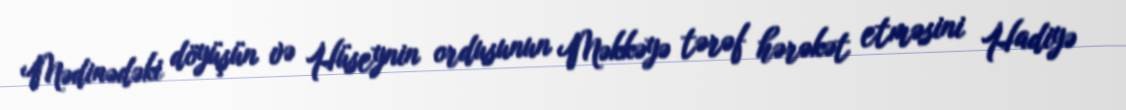
Mədinədəki döyüşün və Hüseynin ordusunun Məkkəyə tərəf hərəkət etməsini Hadiyə